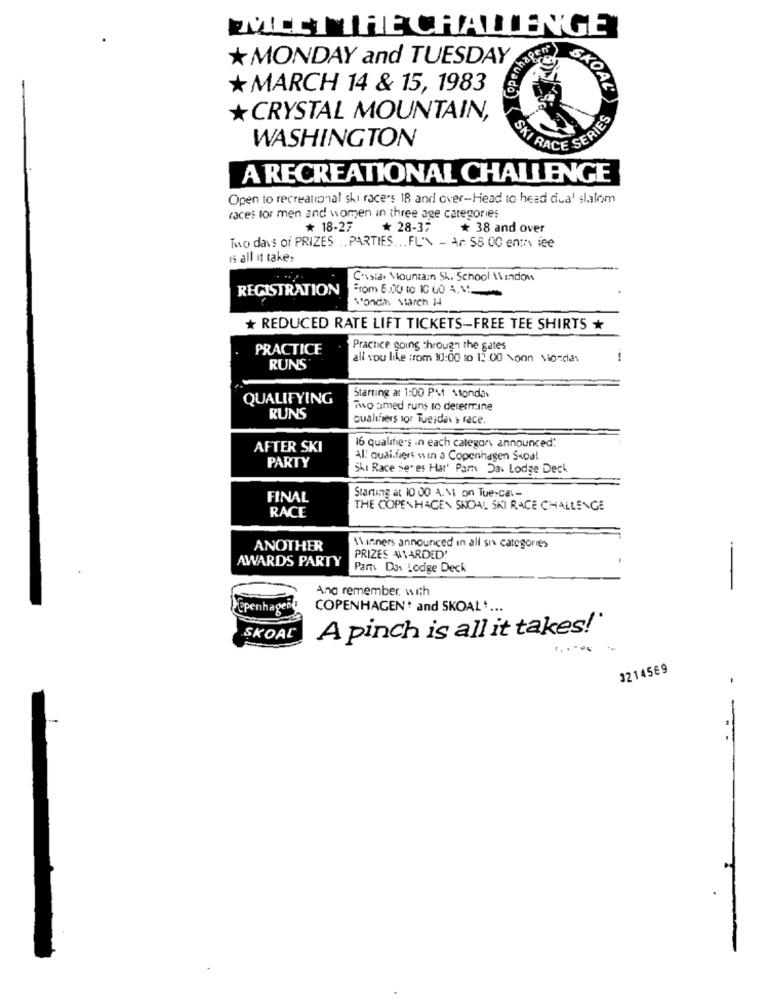
IMEET THE CHALLENGE
enhagen
* MONDAY and TUESDAY
* MARCH 14 & 15, 1983
SKOAL'
*CRYSTAL MOUNTAIN,
WASHINGTON
SKI RACE SERIE
A RECREATIONAL CHALLENGE
Open to recreational ski race's 18 and over-Head to head dua' slalom
races for men and women in three age categories
* 18-27
* 28-37
* 38 and over
Two days of PRIZES . . PARTIES. .. FL'\ - Ar $8 00 enth lee
is all it take:
Coastal Mountain Sh. School Window
REGISTRATION
From 8.00 to 10 0 1:
Noncih Starch 14
+ REDUCED RATE LIFT TICKETS-FREE TEE SHIRTS
PRACTICE
Practice going through the gates
all you like :rom 10:00 to 12.00 \oon Mio cias
1
RUNS
QUALIFYING
Starting at 1:00 PM 1tondas
Two tmed runs to determine
RUNS
Qualifiers sor Tuesday , race.
AFTER SKI
16 qualifiers in each category announced"
PARTY
Al: quai.fiert win a Copenhagen Scoal
Shi Race seres Har' Par Da. Lodge Deck
FINAL
Starting at 10 00 4. 11 on Tuerca .-
RACE
THE COPENHAGEN SHOAL SKI RACE CHALLENGE
ANOTHER
11 inners announced in all si categories
AWARDS PARTY
PRIZES AM1ARDED!
Par Dos Lodge Deck
And remember with
Tepenhagen
COPENHAGEN* and SKOAL ....
SKOAL
A pinch is all it takes!
3214569
-